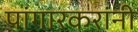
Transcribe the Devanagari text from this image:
पांगारकरांनी